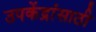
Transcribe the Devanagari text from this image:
उपकेंद्रांसाठी